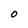
Character: O